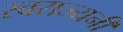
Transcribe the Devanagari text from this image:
स्वराज्यनी